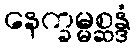
နေက္ခမ္မစ္ဆန္ဒံ